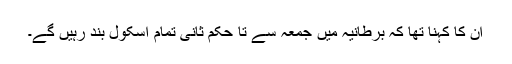
ان کا کہنا تھا کہ برطانیہ میں جمعہ سے تا حکم ثانی تمام اسکول بند رہیں گے۔